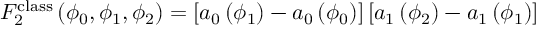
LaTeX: F _ { 2 } ^ { \mathrm { c l a s s } } \left( \phi _ { 0 } , \phi _ { 1 } , \phi _ { 2 } \right) = \left[ a _ { 0 } \left( \phi _ { 1 } \right) - a _ { 0 } \left( \phi _ { 0 } \right) \right] \left[ a _ { 1 } \left( \phi _ { 2 } \right) - a _ { 1 } \left( \phi _ { 1 } \right) \right]